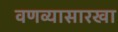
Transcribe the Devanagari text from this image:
वणव्यासारखा